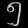
Digit: ၅